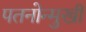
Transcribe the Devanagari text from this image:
पतनोन्मुखी